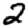
Digit: 2